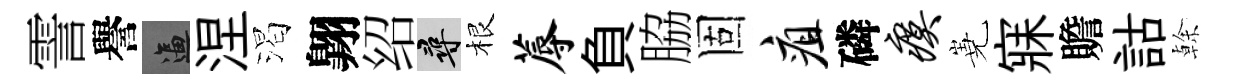
霅譽逼涅渴翺绍尋根蓐負脇固疽磷瘼嶤寐贍詁𠏉